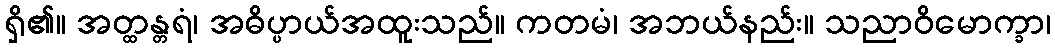
ရှိ၏။ အတ္ထန္တရံ၊ အဓိပ္ပာယ်အထူးသည်။ ကတမံ၊ အဘယ်နည်း။ သညာဝိမောက္ခာ၊